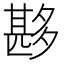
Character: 夦